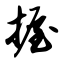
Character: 握